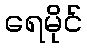
ရေမိုင်